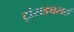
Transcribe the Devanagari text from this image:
ट्रांसड्यसरों